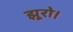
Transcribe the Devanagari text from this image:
झूरो।